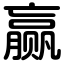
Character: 赢